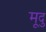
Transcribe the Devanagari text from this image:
मूदु